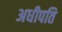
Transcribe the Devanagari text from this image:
अधीपति